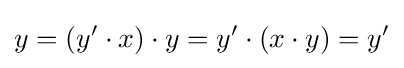
y=(y'\cdot x)\cdot y=y'\cdot (x\cdot y)=y'